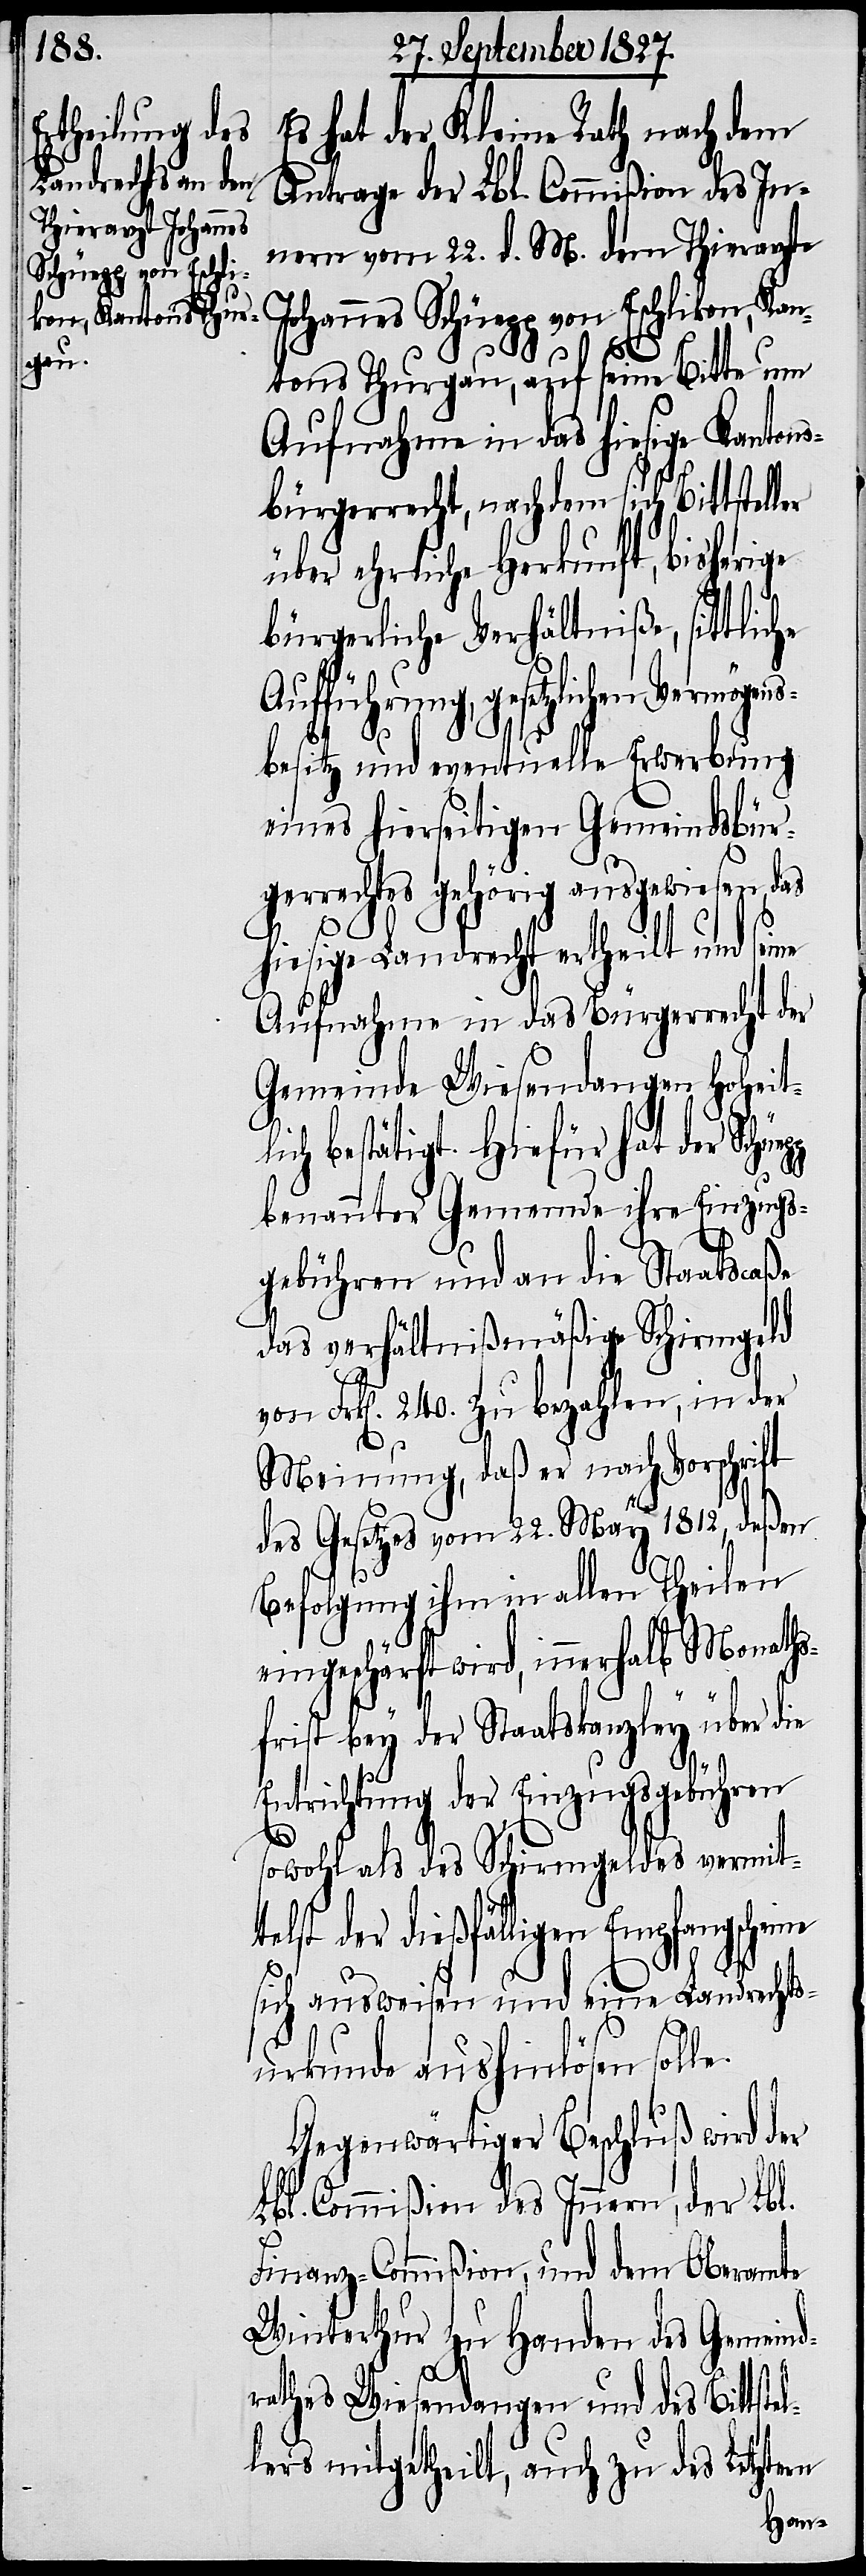
Es hat der Kleine Rath nach dem
Antrage der Lbl. Commißion des In¬
nern vom 22. d. M. dem Thierarzte
Schüepp von Eschli¬
l¬
tons Thurgau, auf seine Bitte um
Aufnahme in das hiesige Kantons¬
bürgerrecht, nachdem sich Bittstell¬
über ehrliche Herkunft, bisherige
bürgerliche Verhältniße, sittliche
Aufführung, gesetzlichen Vermögens¬
besitz und eventuelle Erwerbung
eines hierseitigen Gemeindsbür¬
gerrechtes gehörig ausgewiesen,
hiesige Landrecht ertheilt und se¬
Aufnahme in das Bürgerrecht der
Gemeinde Wiesendangen Hoheitl¬
ich bestätigt. Hiefür hat der Schüe¬
benannter Gemeinde ihre Einzugs¬
gebühren und an die Staatscaße
das verhältnißmäßige Schirmgeld
Frk[en]. 240. zu bezahlen, in der
Meinung, daß er nach Vorschrift
des Gesetzes vom 22. May 1812, deßen
Befolgung ihm in allen Theilen
eingeschärft wird, innerhalb Monaths¬
frist bey der Staatskanzley über die
e.
Entrichtung der Einzugsgebühren
sowohl als des Schirmgeldes vermit¬
telst der dießfälligen Empfangssch¬
sich ausweisen und eine Landrechts¬
urkunde aushinlösen soll¬
Gegenwärtiger Beschluß wird der
Lbl. Commißion des Innern, der Lbl.
Finanz-Commißion, und dem Oberamte
Winterthur zu Handen des Gemeind¬
pp
rathes Wiesendangen und des Bittste¬
lers mitgetheilt, auch zu des Letztern
Kan¬